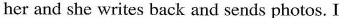
her and she writes back and sends photos.I